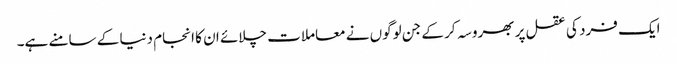
ایک فرد کی عقل پر بھروسہ کر کے جن لوگوں نے معاملات چلائے ان کا انجام دنیا کے سامنے ہے۔